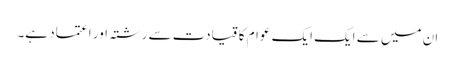
ان میں سے ایک ایک عوام کا قیادت سے رشتہ اور اعتماد ہے۔